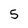
Character: 5